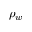
\rho _ { w }